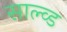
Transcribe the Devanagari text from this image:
साल्व्ड